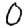
Digit: 0